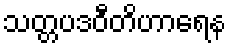
သတ္တပဒဝီတိဟာရေန